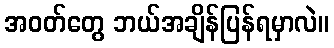
အဝတ်တွေ ဘယ်အချိန်ပြန်ရမှာလဲ။